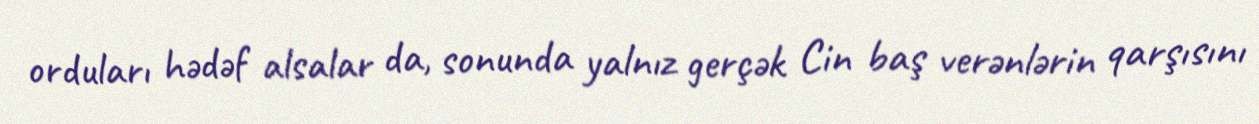
orduları hədəf alsalar da, sonunda yalnız gerçək Cin baş verənlərin qarşısını